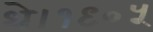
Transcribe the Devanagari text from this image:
थे।१९०५